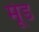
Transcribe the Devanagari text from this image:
मूंड